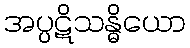
အပ္ပဋိသန္ဓိယော